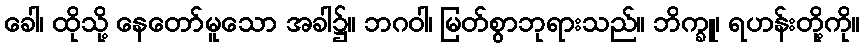
ခေါ၊ ထိုသို့ နေတော်မူသော အခါ၌။ ဘဂဝါ၊ မြတ်စွာဘုရားသည်။ ဘိက္ခူ၊ ရဟန်းတို့ကို။